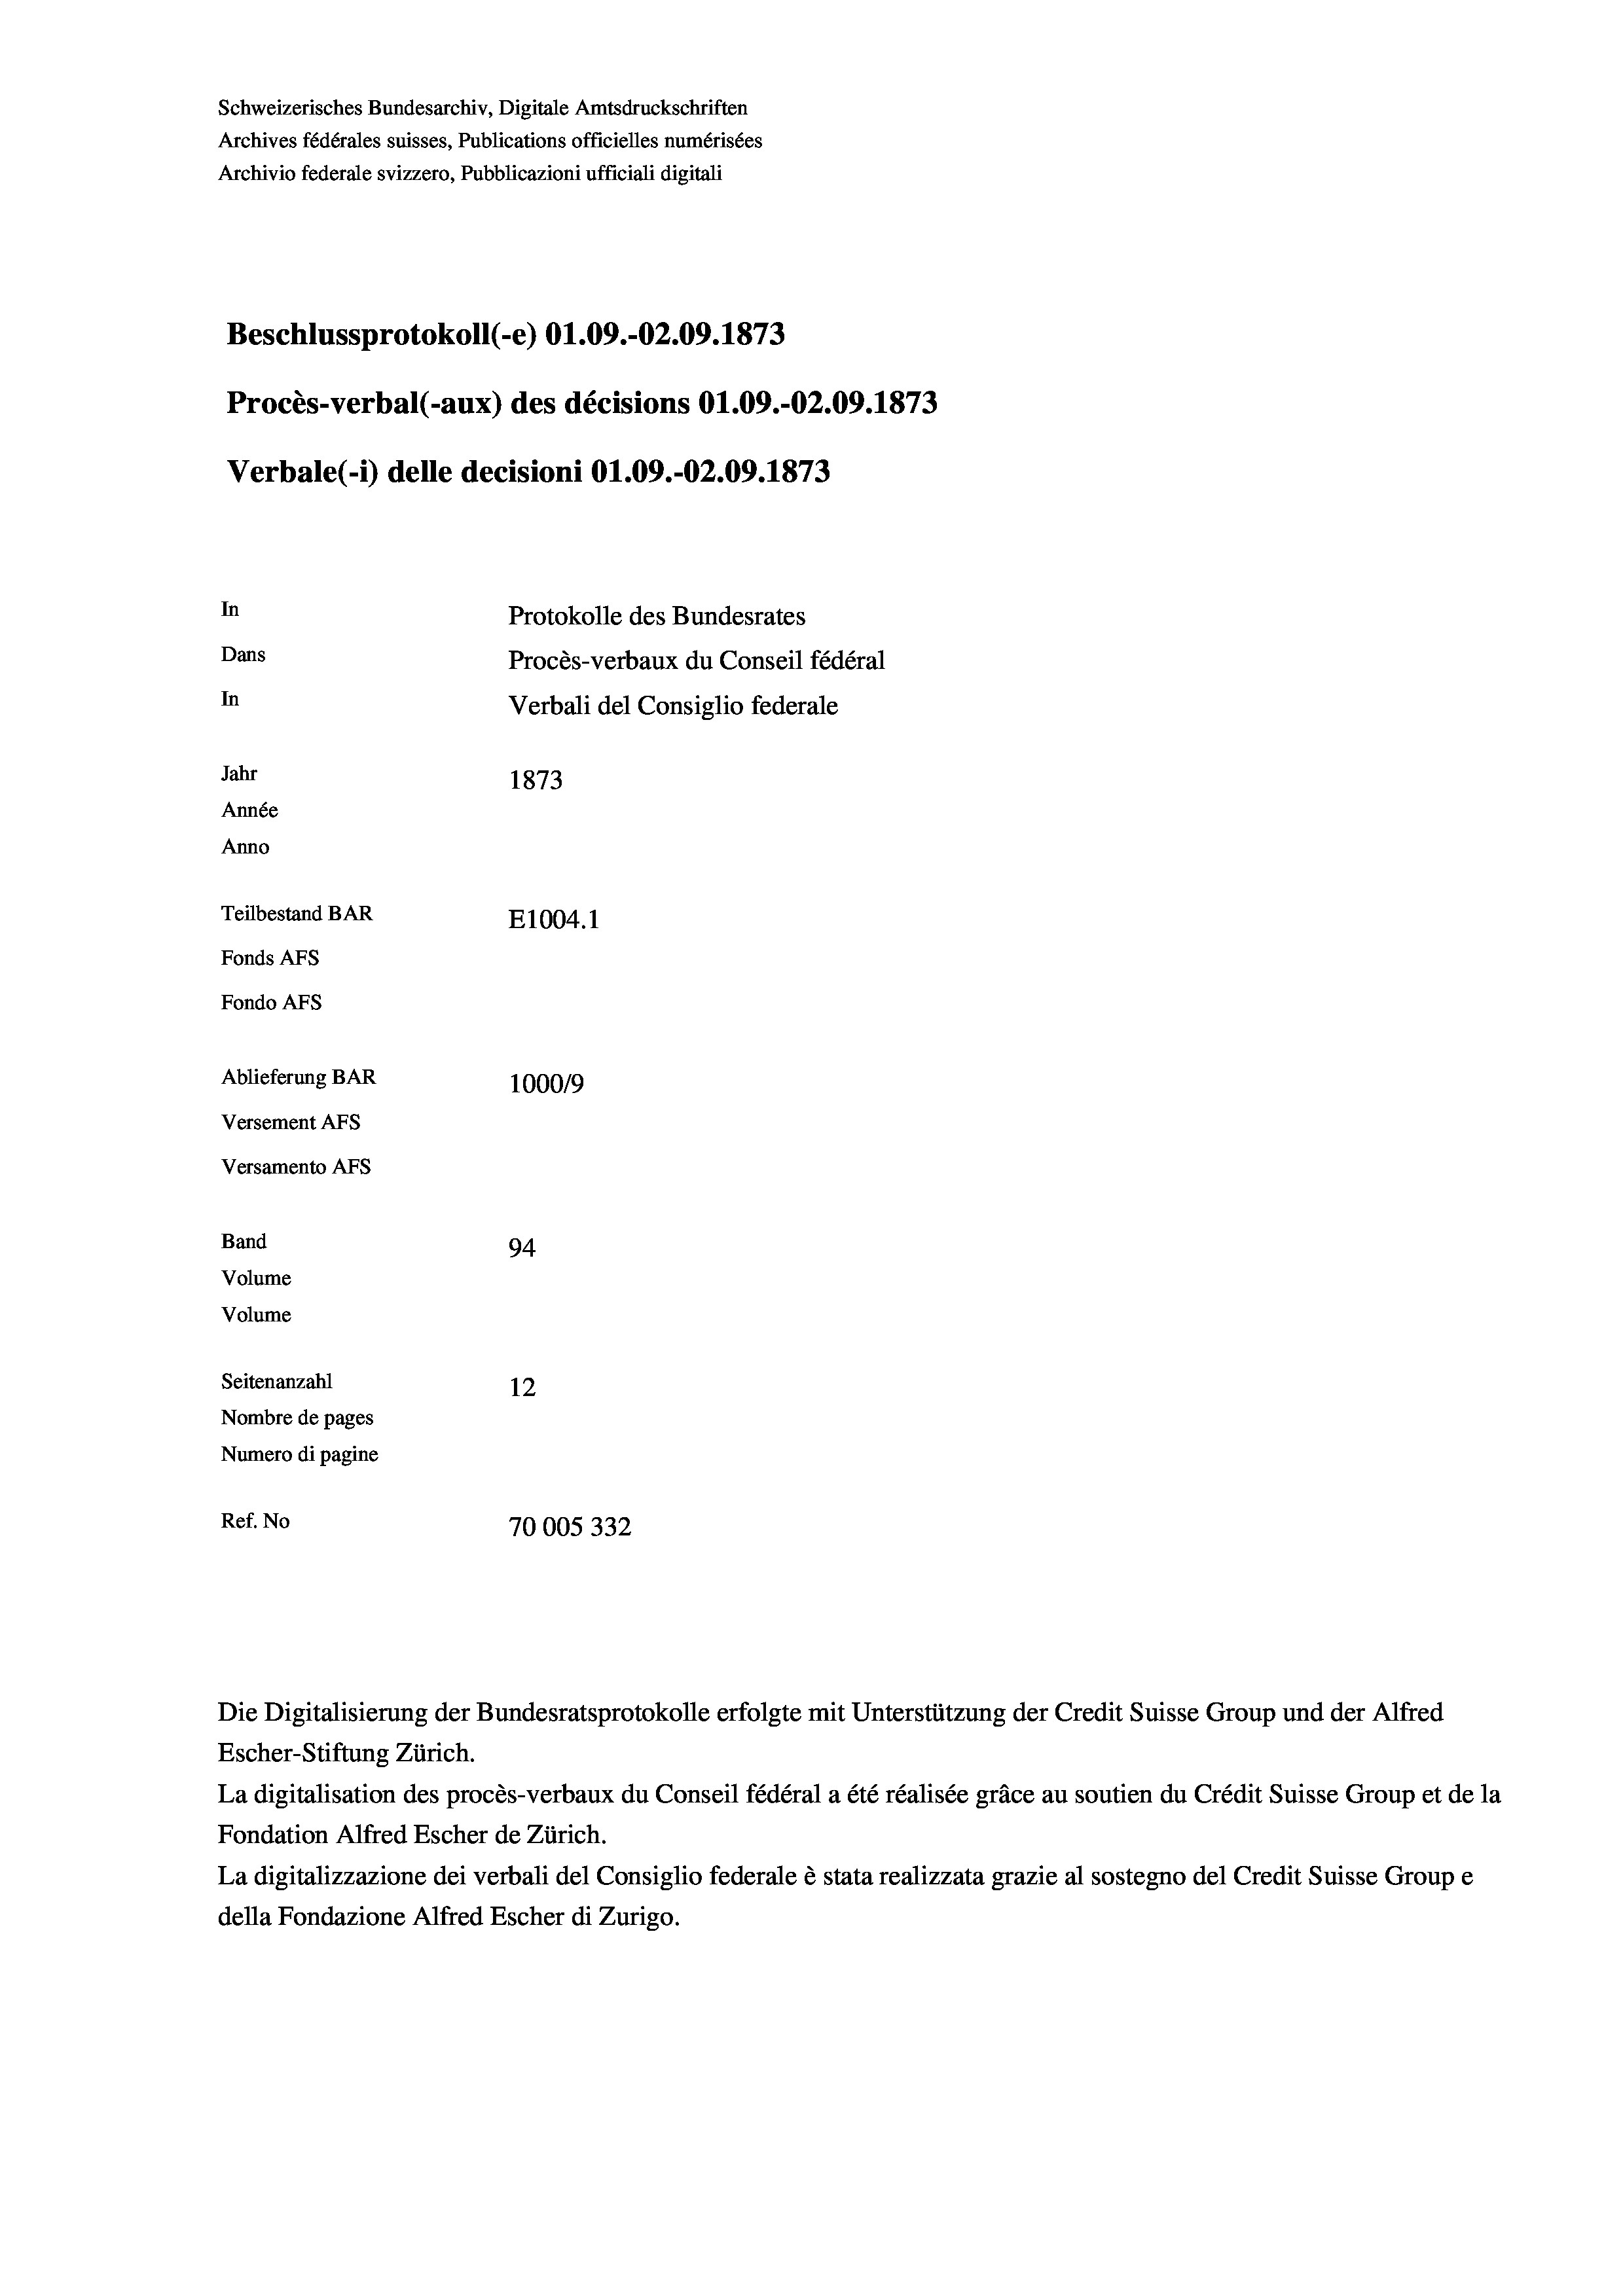
Schweizerisches Bundesarchiv, Digitale Amtsdruckschriften
Archives fédérales suisses, Publications officielles numérisées
Archivio federale svizzero, Pubblicazioni ufficiali digitali
Beschlussprotokoll (-e) O1.09.-02.09. 1873
Procès-verbal (-aux) des décisions 01.09.-02.09. 1873
Verbale(*) delle decisioni O1.09.-O2.09. 1873
In
Protokolle des Bundesrates
Dans
Procès-verbaux du Conseil fédéral
In
Verbali del Consiglio federale
Jahr
1873
Année
Anno
Teilbestand BAR
E1004. 1
Fonds AFs
Fondo AFS
Ablieferung BAR
100019
Versement AFs
Versamento AFs
Band
94.
Volume
Volume

Seitenanzahl
12
Nombre de pages
Numero di pagine
Ref. No
10005 332

Die Digitalisierung der Bundesratsprotokolle erfolgte mit Unterstützung der Credit Suisse Group und der Alfred

Escher-Stiftung Zürich.
La digitalisation des procès-verbaux du Conseil fédéral a été réalisée gräce au soutien du Crédit Suisse Group et de la
Fondation Alfred Escher de Zürich.
La digitalizzazione dei verbali del Consiglio federale è stata realizzata grazie al sostegno del Credit Suisse Groupe
della Fondazione Alfred Escher di Zurigo.